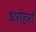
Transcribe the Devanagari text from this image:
धरोहरो